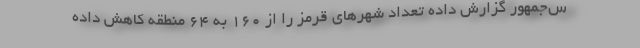
س‌جمهور گزارش داده تعداد شهرهای قرمز را از ۱۶۰ به ۶۴ منطقه کاهش داده